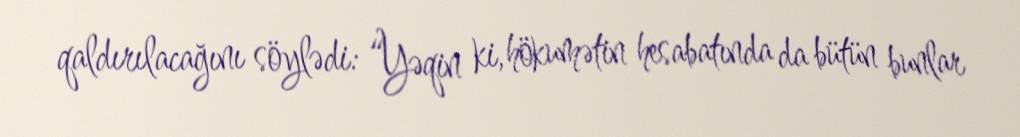
qaldırılacağını söylədi: “Yəqin ki, hökumətin hesabatında da bütün bunlar